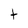
Character: t